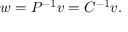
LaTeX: w = P ^ { - 1 } v = C ^ { - 1 } v .